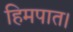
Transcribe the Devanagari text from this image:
हिमपात।